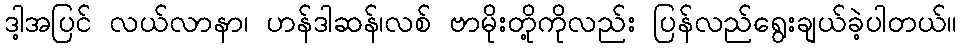
ဒါ့အပြင် လယ်လာနာ၊ ဟန်ဒါဆန်၊လစ် ဗာမိုးတို့ကိုလည်း ပြန်လည်ရွေးချယ်ခဲ့ပါတယ်။